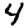
Digit: 4